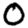
Digit: 0